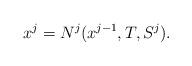
LaTeX: \begin{align*} x^j = N^j(x^{j-1},T,S^j).\end{align*}